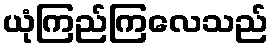
ယုံကြည်ကြလေသည်